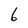
Character: 6